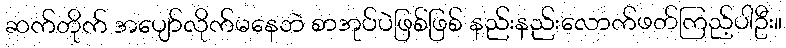
ဆက်တိုက် အပျော်လိုက်မနေဘဲ စာအုပ်ပဲဖြစ်ဖြစ် နည်းနည်းလောက်ဖတ်ကြည့်ပါဦး။